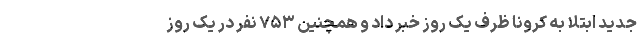
جدید ابتلا به کرونا ظرف یک روز خبر داد و همچنین ۷۵۳ نفر در یک روز